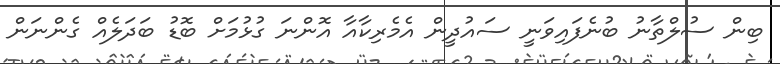
ބިން ސުލްތާނު ބުނެފައިވަނީ ސައުދީން އެމެރިކާއާ އޮންނަ ގުޅުމަށް ބޮޑު ބަދަލެއް ގެންނަން